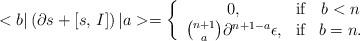
LaTeX: \begin{align*}<b| \left ( \partial s +\left [ s,\, I \right ] \right ) | a >= \left\{ \begin{array}{ccc}0, & \hbox{if} & b<n \\{n+1 \choose a} \partial^{n+1-a} \epsilon, & \hbox{if} & b=n.\end{array} \right.\end{align*}